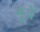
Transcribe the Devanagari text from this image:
मूंदें